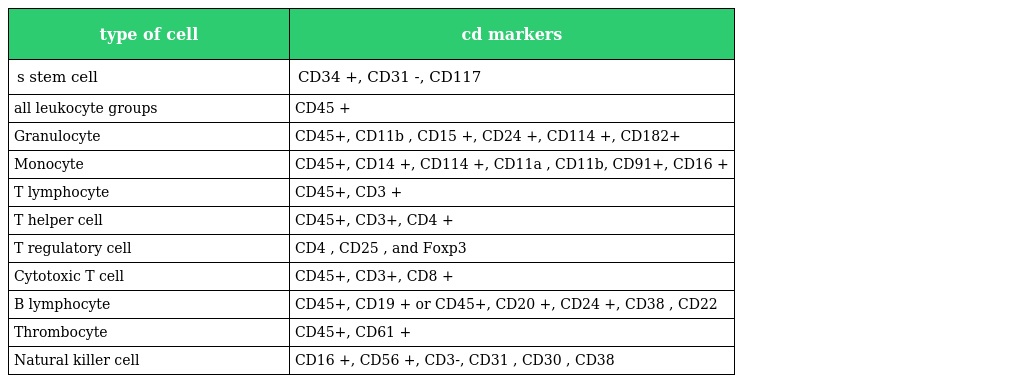
| type of cell | cd markers |
 | --- | --- |
 | s stem cell | CD34 +, CD31 -, CD117 |
 | all leukocyte groups | CD45 + |
 | Granulocyte | CD45+, CD11b , CD15 +, CD24 +, CD114 +, CD182+ |
 | Monocyte | CD45+, CD14 +, CD114 +, CD11a , CD11b, CD91+, CD16 + |
 | T lymphocyte | CD45+, CD3 + |
 | T helper cell | CD45+, CD3+, CD4 + |
 | T regulatory cell | CD4 , CD25 , and Foxp3 |
 | Cytotoxic T cell | CD45+, CD3+, CD8 + |
 | B lymphocyte | CD45+, CD19 + or CD45+, CD20 +, CD24 +, CD38 , CD22 |
 | Thrombocyte | CD45+, CD61 + |
 | Natural killer cell | CD16 +, CD56 +, CD3-, CD31 , CD30 , CD38 |